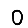
Digit: 0